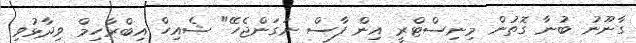
ގާނޫނު ބުނާ ގޮތުން މިނިސްޓްރީ އިން ފާސް ނަގަންޖެހޭ" ޝެއިހް އިބްރާހިމް ވިދާޅުވި